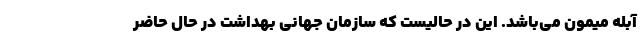
آبله میمون می‌باشد. این در حالیست که سازمان جهانی بهداشت در حال حاضر